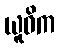
ယူဓိက